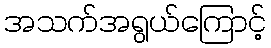
အသက်အရွယ်ကြောင့်